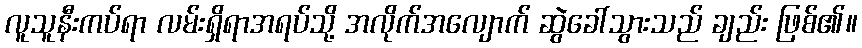
လူသူနီးကပ်ရာ လမ်းရှိရာအရပ်သို့ အလိုက်အလျောက် ဆွဲခေါ်သွားသည် ချည်း ဖြစ်၏။